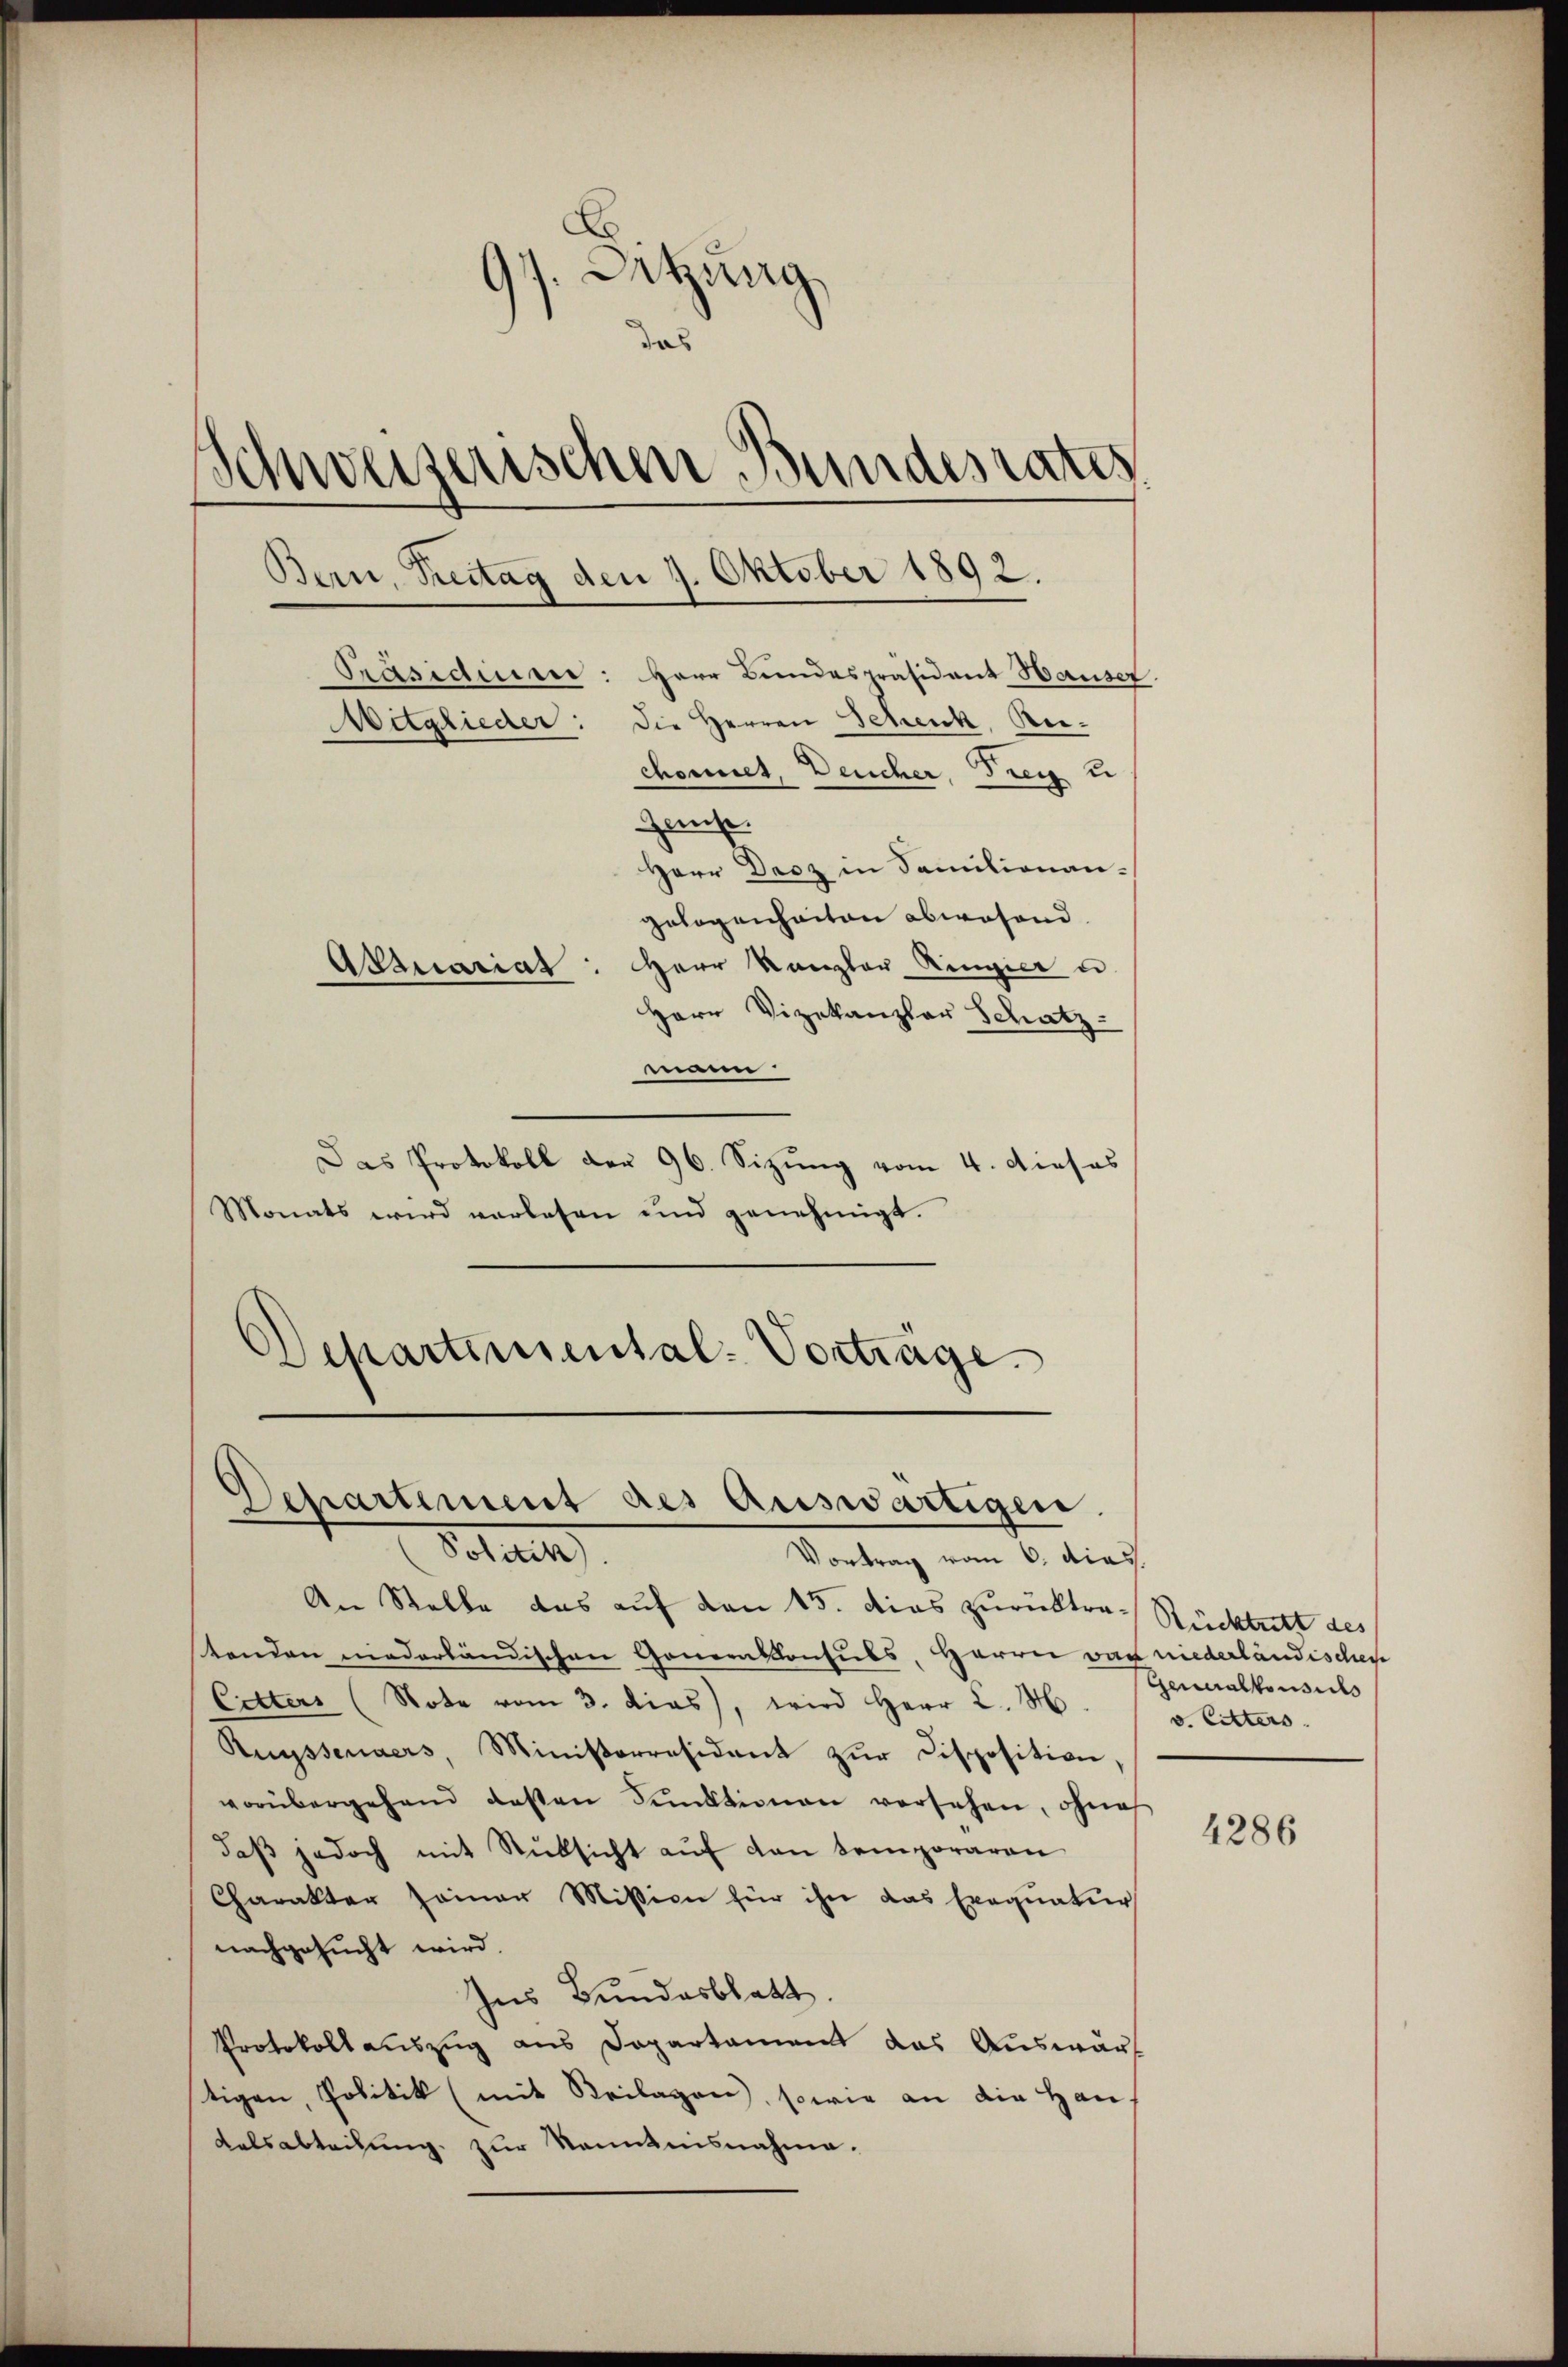
Sitzung
das
Schweizerischen Bundesrates
Bern, Treitag den 9. Oktober 1892.
Präsidiues: Herr Bundespräsident Hauser
Aitglieder: die Herren Schenk, Beichoret, Deucher, Treu u
Geist.
Herr Decz in Familienan-
gelogenheiten abwesend.
Aktuariat: Herr Kanzler Ringier u.
Herr Vizekanzler Schatz-
mann.

Das Protokoll der 96. Sizung vom 4. dieses
Monats wird verlesen und genehmigt.

Schartemental-Vorträge
Departement des auswärtigen.
Situat
Vortrag vom 6. dies

An Stelle das auf den 15. dies zurücktra-Rücktritt des
stenden niederländischen Genernskonsuls, Herrn war niederländischen
Cetters (Note vom 3. dias, wird Herr K. H.
Ruyssenders, Ministerresident zŭr Disposition,
vorübergehend deßen Sunktionen versehen, ohne
daβ jedoch mit Rüksicht aŭf den temporären
Charakter seiner Mission für ihn das Exequatur
nachgesucht wird.
Ins Bundesblatt.
Protokollauszug aus Departament das Auswärt
tigen, Politik (mit Beilagen, sowie an die Han¬
Kalsabteilung zur Kenntnisnahme.

Generalkonsis
v. Litters.

4286